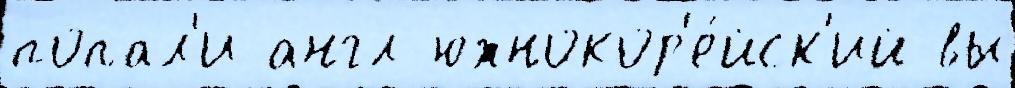
попал'и англ южнокор'е́йск'ий вы